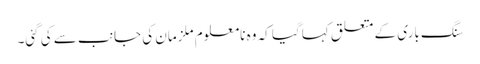
سنگ باری کے متعلق کہا گیا کہ وہ نامعلوم ملزمان کی جانب سے کی گئی۔